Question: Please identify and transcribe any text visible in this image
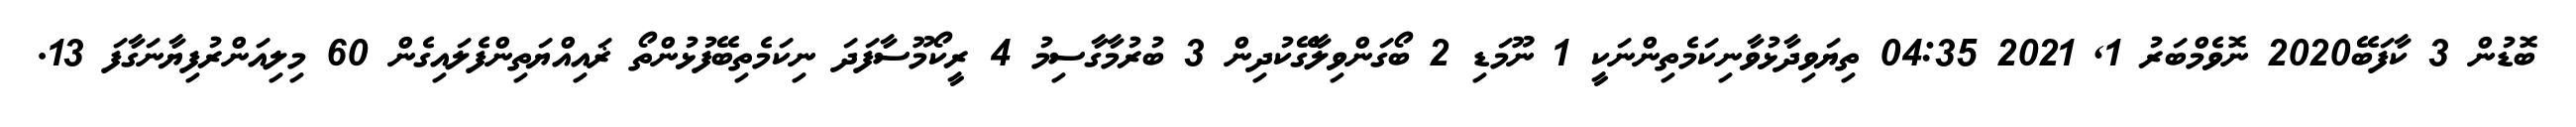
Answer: ބޮޑުން 3 ކާފަބޭ2020 ނޮވެމްބަރު 1, 2021 04:35 ތިޔަވިދާޅުވާނިކަމެތިންނަކީ 1 ނޫމަޑި 2 ބޯގަންވިލާގޭކުދިން 3 ބުރުމާގާސިމު 4 ރީކޯމޫސާފަދަ ނިކަމެތިބޭފުޅުންތޯ ޜައިއްޔަތިންފެލައިގެން 60 މިލިއަންރުފިޔާނަގާފަ 13.